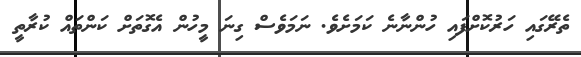
ތެރޭގައި ހަރުކޮށްފައި ހުންނާނެ ކަމަށެވެ. ނަމަވެސް ގިނަ މީހުން އެގޮތަށް ކަންތައް ކުރާތީ